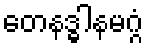
တေနဒ္ဓါနမဂ္ဂံ